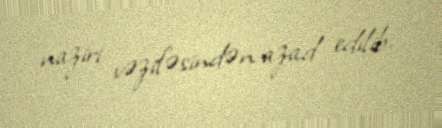
naziri vəzifəsindən azad edilib.